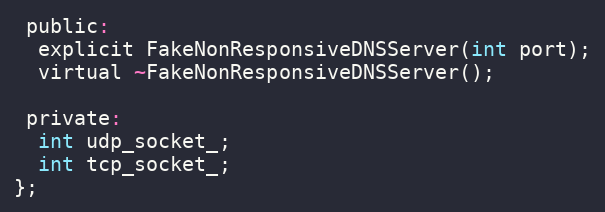
Language: C
 public:
  explicit FakeNonResponsiveDNSServer(int port);
  virtual ~FakeNonResponsiveDNSServer();

 private:
  int udp_socket_;
  int tcp_socket_;
};